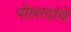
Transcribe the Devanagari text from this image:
पोलादांचे